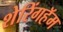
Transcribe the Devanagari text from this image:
शेरिंगहॅम